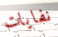
نفايات